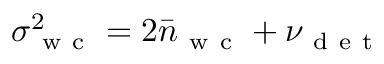
\sigma _ { \mathrm { ~ w ~ c ~ } } ^ { 2 } = 2 \bar { n } _ { \mathrm { ~ w ~ c ~ } } + \nu _ { \mathrm { ~ d ~ e ~ t ~ } }